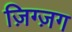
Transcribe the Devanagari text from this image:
ज़िग्ज़ग